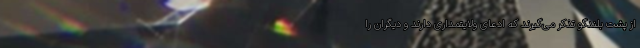
از پشت بلندگو تذکر می‌گیرند که ادعای ولایتمداری دارند و دیگران را